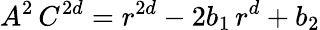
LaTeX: A^{2}\, C^{2d}=r^{2d}-2b_{1}\, r^{d}+b_{2}